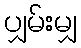
ပျှမ်းမျှ